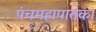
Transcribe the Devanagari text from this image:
पंचमहापातका